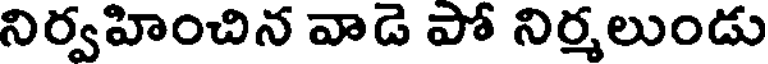
నిర్వహించిన వాడె పో నిర్మలుండు